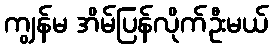
ကျွန်မ အိမ်ပြန်လိုက်ဦးမယ်